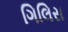
ગિલિસ